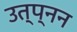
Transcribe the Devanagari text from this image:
उत्प्नन